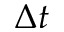
\Delta t